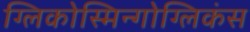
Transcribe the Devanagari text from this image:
ग्लिकोस्मिन्गोग्लिकंस